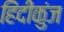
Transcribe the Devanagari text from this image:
हिंदीकुंज